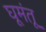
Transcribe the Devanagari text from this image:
घूमंतू